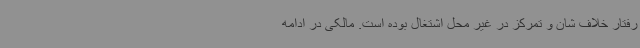
رفتار خلاف شان و تمرکز در غیر محل اشتغال بوده است. مالکی در ادامه